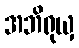
အဘိရုယှ